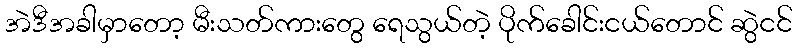
အဲဒီအခါမှာတော့ မီးသတ်ကားတွေ ရေသွယ်တဲ့ ပိုက်ခေါင်းငယ်တောင် ဆွဲငင်